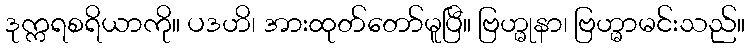
ဒုက္ကရစရိယာကို။ ပဒဟိ၊ အားထုတ်တော်မူပြီ။ ဗြဟ္မုနာ၊ ဗြဟ္မာမင်းသည်။